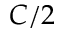
C / 2